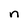
Character: n